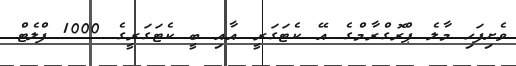
ވެށިފަހި މާލެ ޕްރޮގްރާމްގެ އޭ ކެޓަގަރީ އާއި ބީ ކެޓަގަރީގެ 1000 ފްލެޓް